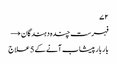
۷۲
فہرست چندہ دہندگان →
بار بار پیشاب آنے کے 5 علاج